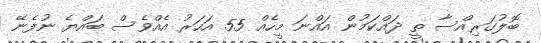
ބޮލުގަރިއްސާ ތީ ދައްކަމުން އައްނަ މީހެއް 55 އަހަރު އެއްވެސް ބައްޔެ ނުފެނޭ